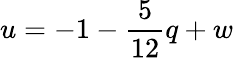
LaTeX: u=-1-\frac{5}{12}q+w